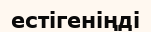
естігеніңді